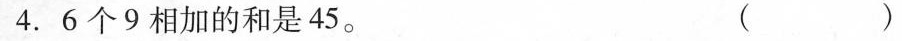
4.6个9相加的和是45。 ()